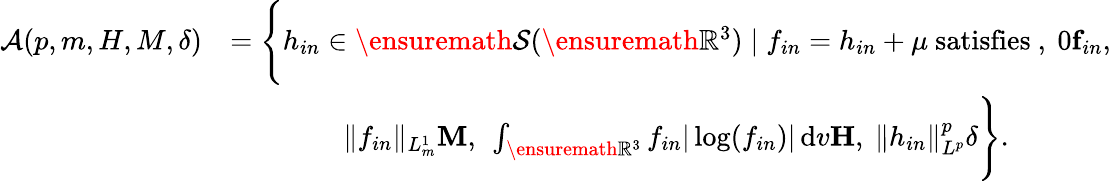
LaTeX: \begin{array}{rl}{\mathcal{A}(p,m,H,M,\delta)}&{=\Bigg\{ h_{in}\in\ensuremath{{\mathcal S}}(\ensuremath{{\mathbb R}}^{3})\mid f_{in}=h_{in}+\mu\mathrm{~satisfies~},\ 0\le f_{in},}\\ &{\qquad\qquad\| f_{in}\| _{L_{m}^{1}}\le M,\ \int_{\ensuremath{{\mathbb R}}^{3}}f_{in}|\log(f_{in})|\, \mathrm{d}v\le H,\ \| h_{in}\| _{L^{p}}^{p}\le\delta\Bigg\} .}\end{array}